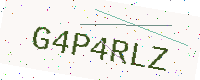
Text: G4P4RLZ